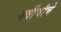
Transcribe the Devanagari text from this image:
क्वीचौचे